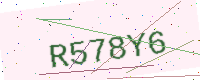
Text: R578Y6